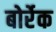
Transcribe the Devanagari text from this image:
बोर्रेक